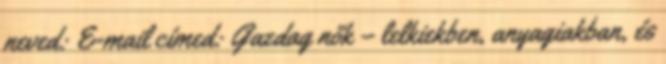
neved: E-mail címed: Gazdag nők – lelkiekben, anyagiakban, és